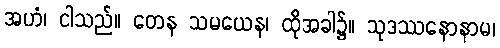
အဟံ၊ ငါသည်။ တေန သမယေန၊ ထိုအခါ၌။ သုဒဿနောနာမ၊